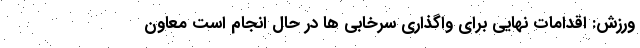
ورزش: اقدامات نهایی برای واگذاری سرخابی ‌ها در حال انجام است معاون